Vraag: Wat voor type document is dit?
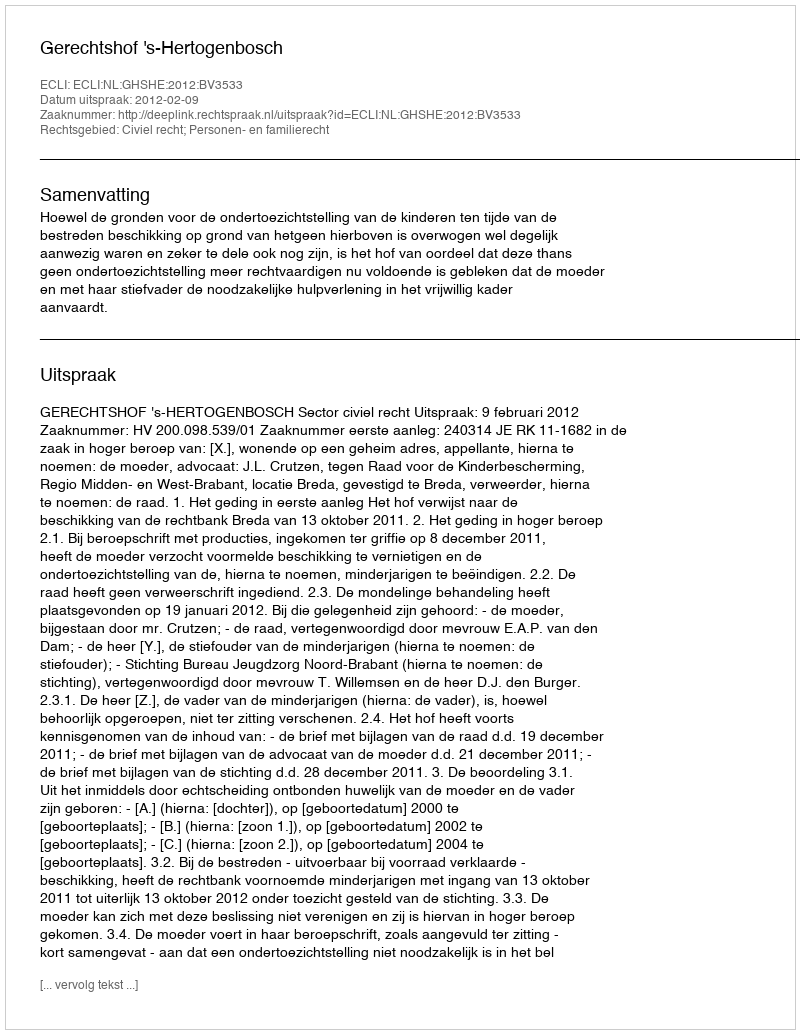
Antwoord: Uitspraak